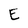
Character: E